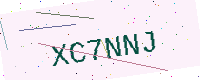
Text: XC7NNJ